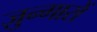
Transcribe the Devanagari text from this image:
ज़ुन्गारों